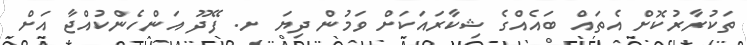
ތަކުރާރުކޮށް އެތައް ބައެއްގެ ޝިކާރައަކަށް ވަމުން ދިޔަ ށ. ފޭދޫ އަންހެންކުއްޖާ އަށް